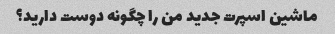
ماشین اسپرت جدید من را چگونه دوست دارید؟